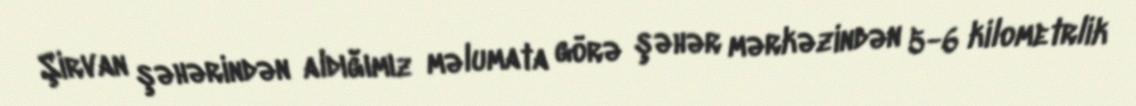
Şirvan şəhərindən aldığımız məlumata görə şəhər mərkəzindən 5-6 kilometrlik